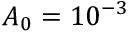
A _ { 0 } = 1 0 ^ { - 3 }